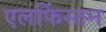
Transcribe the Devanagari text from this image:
एलफिंस्तन